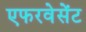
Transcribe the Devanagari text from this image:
एफरवेसेंट